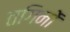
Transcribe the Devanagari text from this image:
तगिनों